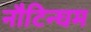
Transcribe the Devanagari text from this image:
नौटिन्घम